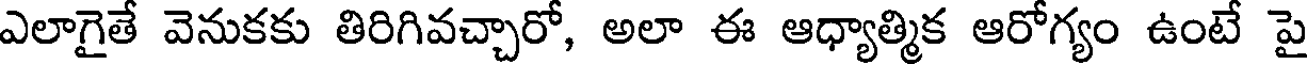
ఎలాగైతే వెనుకకు తిరిగివచ్చారో, అలా ఈ ఆధ్యాత్మిక ఆరోగ్యం ఉంటే పై